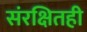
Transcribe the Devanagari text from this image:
संरक्षितही